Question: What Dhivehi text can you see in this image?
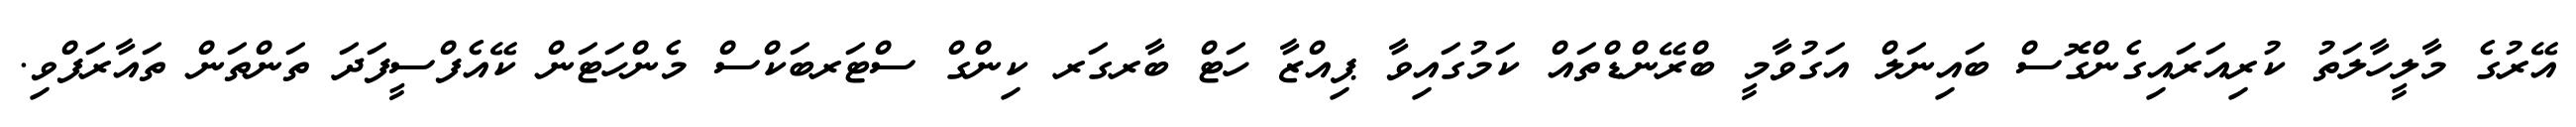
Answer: އޭރުގެ މާލީހާލަތު ކުރިއަރައިގެންގޮސް ބައިނަލް އަގުވާމީ ބްރޭންޑްތައް ކަމުގައިވާ ޕިއްޒާ ހަޓް ބާރގަރ ކިންގް ސްޓަރބަކްސް މެންހަޓަން ކޭއެފްސީފަދަ ތަންތަން ތައާރަފްވި.